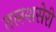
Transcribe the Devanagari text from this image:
तलशसेरी